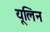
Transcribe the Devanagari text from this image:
यूलिन